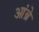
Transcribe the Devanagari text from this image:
आंब्रे